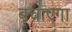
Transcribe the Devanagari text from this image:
बचाएगा